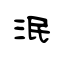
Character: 泯